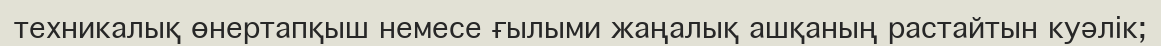
техникалық өнертапқыш немесе ғылыми жаңалық ашқаның растайтын куәлік;